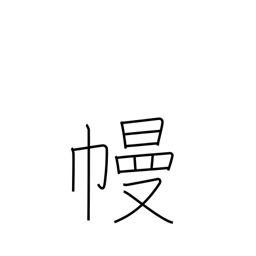
Meaning: curtain